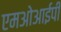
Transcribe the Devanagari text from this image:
एमओआईपी